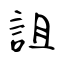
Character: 詛